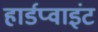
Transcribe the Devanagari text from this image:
हार्डप्वाइंट